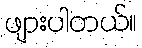
ဖျားပါတယ်။